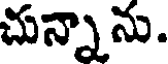
చున్నాను.